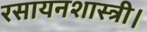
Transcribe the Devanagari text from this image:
रसायनशास्त्री।